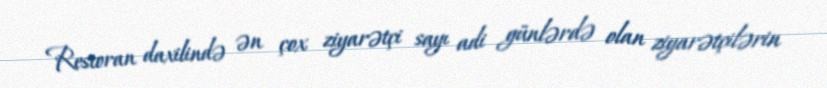
Restoran daxilində ən çox ziyarətçi sayı adi günlərdə olan ziyarətçilərin